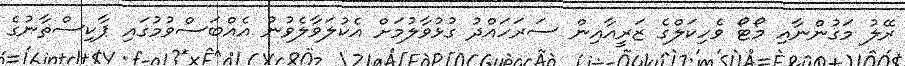
ރޭލު މަގުންނާއި މޯޓޯ ވެހިކަލްގެ ޒަރީއާއިން ސަރަހައްދު ގުޅުވާލުމަށް އެކުލަވާލެވުނު އެއްބަސްވުމުގައި ޕާކިސްތާނުގެ